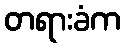
တရားခံက